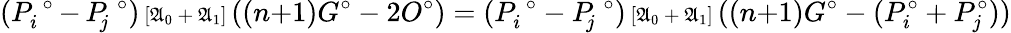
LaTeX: (P_{i}^{\; \circ}{\, -\, }P_{\! j}^{\; \circ}){\scriptstyle{\, [\mathfrak{A}_{0}{\, +\, }\mathfrak{A}_{1}]\, }}((n{+}1)G^{\circ}-2O^{\circ})=(P_{i}^{\; \circ}-P_{\! j}^{\; \circ}){\scriptstyle{\, [\mathfrak{A}_{0}{\, +\, }\mathfrak{A}_{1}]\, }}((n{+}1)G^{\circ}-(P_{i}^{\circ}+P_{j}^{\circ}))